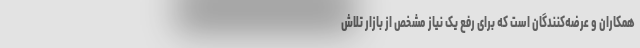
همکاران و عرضه­‌کنندگان است که برای رفع یک نیاز مشخص از بازار تلاش